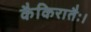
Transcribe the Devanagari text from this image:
कैकिरातैः।